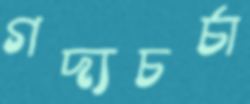
গদ্যচর্চা